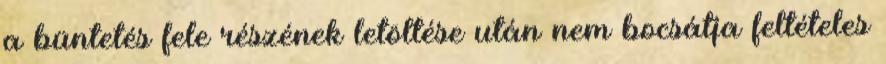
a büntetés fele részének letöltése után nem bocsátja feltételes